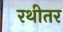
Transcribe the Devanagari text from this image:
रथीतर